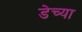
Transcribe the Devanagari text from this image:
डेच्या